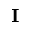
\mathbf { I }